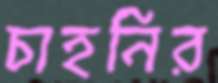
চাহনির